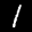
Label: 1